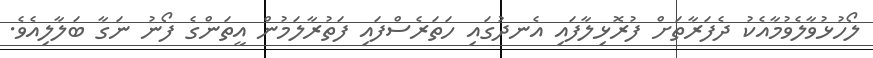
ލޯހުޅުވާލެވުމާއެކު ދެފަރާތަށް ފުރޮޅިލާފައި އެނދުގައި ހަތަރެސްފައި ފަތުރާލަމުން އީތަންގެ ފޯނު ނަގާ ބަލާލިއެވެ.